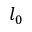
l _ { 0 }